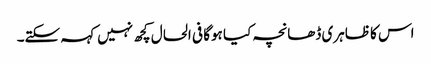
اس کا ظاہری ڈھانچہ کیا ہوگا فی الحال کچھ نہیں کہہ سکتے۔